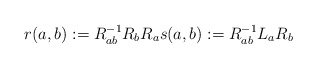
\begin{align*}r(a,b) := R^{-1}_{ab}R_bR_a s(a,b):=R^{-1}_{ab}L_aR_b\end{align*}